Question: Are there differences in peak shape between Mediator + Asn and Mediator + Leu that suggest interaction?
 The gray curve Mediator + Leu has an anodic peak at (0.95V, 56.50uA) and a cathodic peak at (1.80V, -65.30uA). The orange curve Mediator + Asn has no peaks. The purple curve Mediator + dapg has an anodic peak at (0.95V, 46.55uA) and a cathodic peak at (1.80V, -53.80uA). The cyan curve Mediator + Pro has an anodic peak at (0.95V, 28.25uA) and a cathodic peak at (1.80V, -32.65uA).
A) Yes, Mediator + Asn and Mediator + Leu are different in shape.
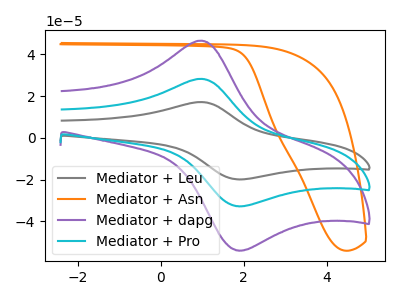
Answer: <think>"Mediator + Asn" and "Mediator + Leu" have a different number of peaks.
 </think>
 <answer>A) Yes, "Mediator + Asn" and "Mediator + Leu" are different in shape.</answer>
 <eval>A</eval>